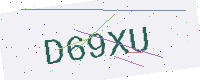
Text: D69XU